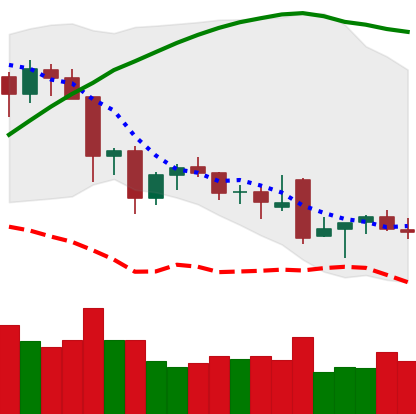
Ticker: NEO-USD
Chart end date: 2021-12-01
Forward return: -21.115%
Label: down_7plus